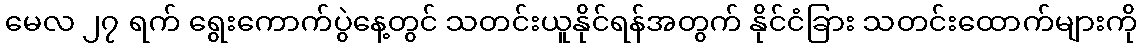
မေလ ၂၇ ရက် ရွေးကောက်ပွဲနေ့တွင် သတင်းယူနိုင်ရန်အတွက် နိုင်ငံခြား သတင်းထောက်များကို